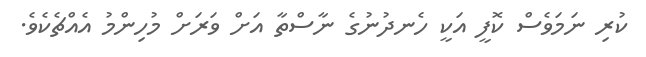
ކުރި ނަމަވެސް ކޮފީ އަކީ ހެނދުނުގެ ނާސްތާ އަށް ވަރަށް މުހިންމު އެއްޗެކެވެ.